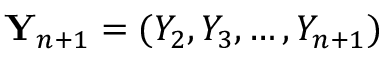
{ \bf Y } _ { n + 1 } = ( Y _ { 2 } , Y _ { 3 } , \ldots , Y _ { n + 1 } )